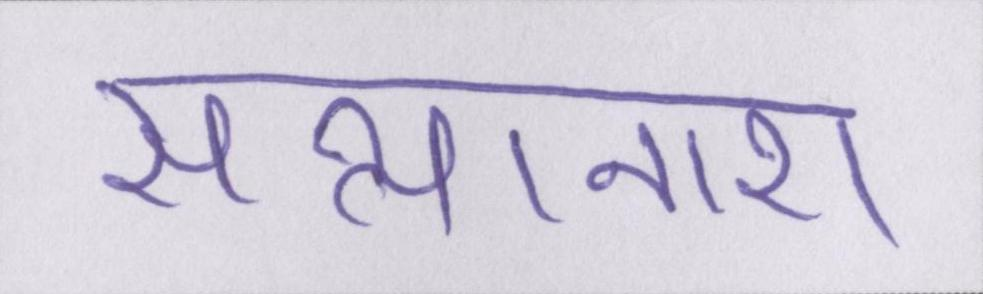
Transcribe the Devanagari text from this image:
सत्यानाश